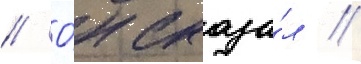
// О́н сказа́л //